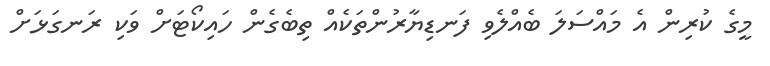
މީގެ ކުރިން އެ މައްސަލަ ބެއްލެވި ފަނޑިޔާރުންތަކެއް ތިބެގެން ހައިކޯޓަށް ވަކި ރަނގަޅަށް